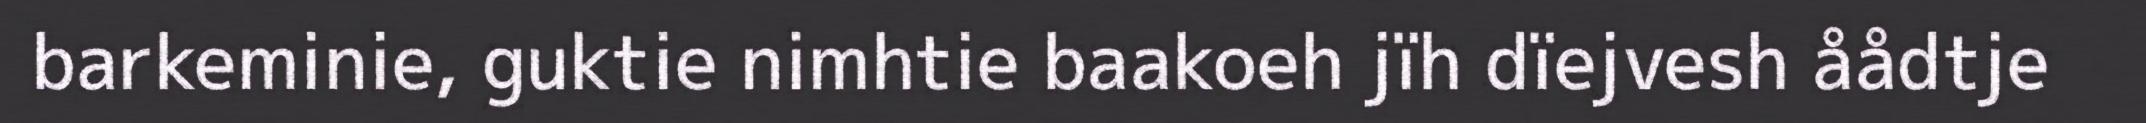
barkeminie, guktie nimhtie baakoeh jïh dïejvesh åådtje